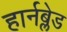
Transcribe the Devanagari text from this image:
हार्नब्लेड